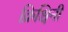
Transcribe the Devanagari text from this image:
क्रिश्चिनी